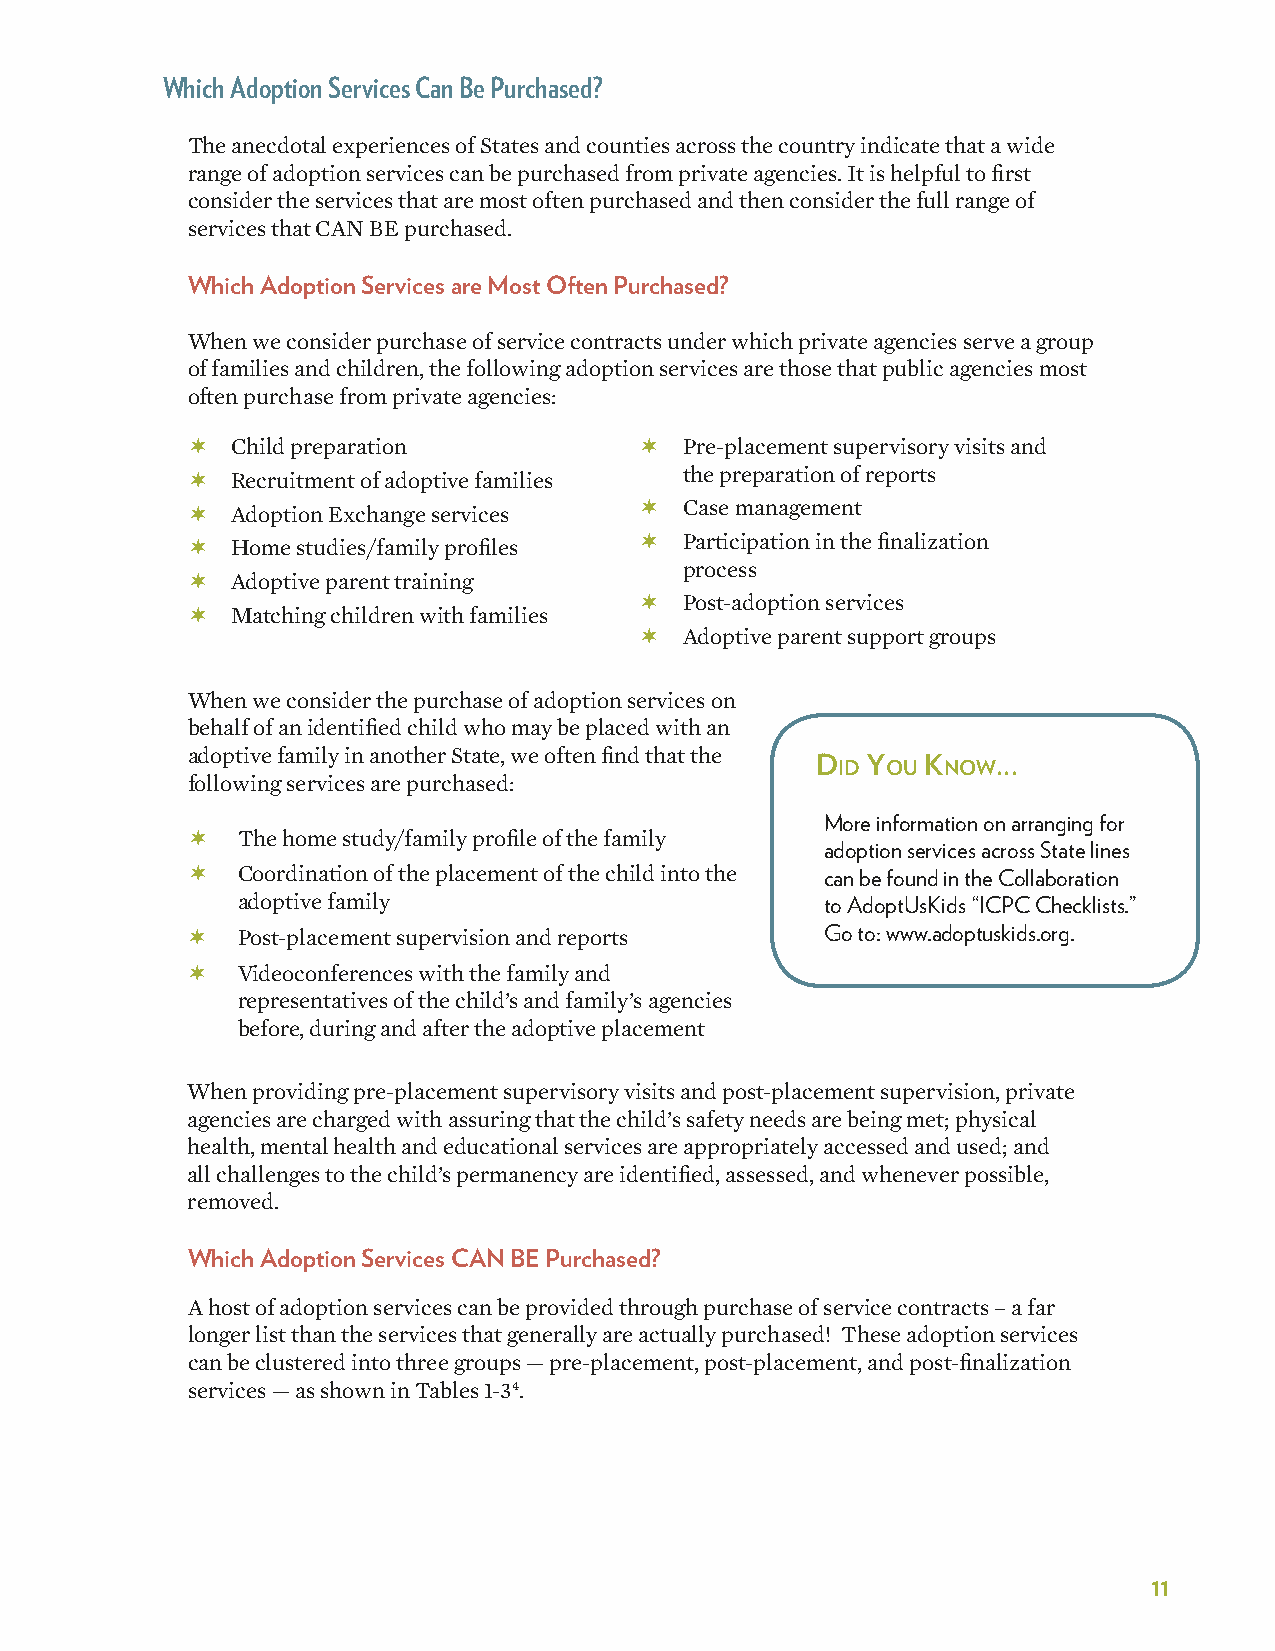
Which Adoption Services Can Be Purchased?
 The anecdotal experiences of States and counties across the country indicate that a wide
 range of adoption services can be purchased from private agencies. It is helpful to first
 consider the services that are most often purchased and then consider the full range of
 services that CAN BE purchased.
 Which Adoption Services are Most Often Purchased?
 When we consider purchase of service contracts under which private agencies serve a group
 of families and children, the following adoption services are those that public agencies most
 often purchase from private agencies:
   Child preparation            Pre-placement supervisory visits and
   Recruitment of adoptive families the preparation of reports
   Adoption Exchange services   Case management
   Home studies/family profiles  Participation in the finalization
 process
   Adoptive parent training
   Post-adoption services
   Matching children with families
   Adoptive parent support groups
 When we consider the purchase of adoption services on
 behalf of an identified child who may be placed with an
 adoptive family in another State, we often find that the
 DiD You Know...
 following services are purchased:
 More information on arranging for
    The home study/family profile of the family
 adoption services across State lines
    Coordination of the placement of the child into the can be found in the Collaboration
 adoptive family                        to AdoptUsKids “ICPC Checklists�”
    Post-placement supervision and reports Go to: www�adoptuskids�org�
    Videoconferences with the family and
 representatives of the child’s and family’s agencies
 before, during and after the adoptive placement
 When providing pre-placement supervisory visits and post-placement supervision, private
 agencies are charged with assuring that the child’s safety needs are being met; physical
 health, mental health and educational services are appropriately accessed and used; and
 all challenges to the child’s permanency are identified, assessed, and whenever possible,
 removed.
 Which Adoption Services CAN BE Purchased?
 A host of adoption services can be provided through purchase of service contracts – a far
 longer list than the services that generally are actually purchased! These adoption services
 can be clustered into three groups — pre-placement, post-placement, and post-finalization
 services — as shown in Tables 1-34.
 11